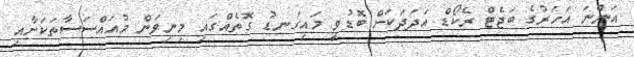
އަންނަ އަހަރުގެ ބަޖެޓް ރެކޯޑް އަދަދަކަށް ބޮޑުވީ މައިގަނޑު ގޮތެއްގައި މިނިވަން މުއައްސަސާތަކަށާއި